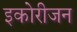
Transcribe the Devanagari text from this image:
इकोरीजन